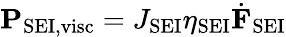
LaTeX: \mathbf{P}_{\mathrm{SEI,visc}}=J_{\mathrm{SEI}}\eta_{\mathrm{SEI}}\dot{\mathbf{F}}_{\mathrm{SEI}}